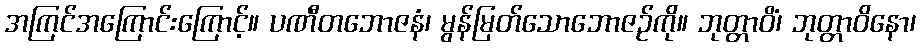
အကြင်အကြောင်းကြောင့်။ ပဏီတဘောဇနံ၊ မွန်မြတ်သောဘောဇဉ်ကို။ ဘုတ္တာဝိံ၊ ဘုတ္တာဝိနော၊